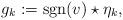
LaTeX: \begin{align*}g_k := {\rm sgn}(v) \star \eta_k,\end{align*}